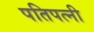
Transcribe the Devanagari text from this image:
पतिपत्‍नी